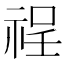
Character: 䄇